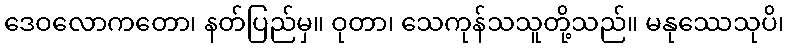
ဒေဝလောကတော၊ နတ်ပြည်မှ။ ဝုတာ၊ သေကုန်သသူတို့သည်။ မနုဿေသုပိ၊